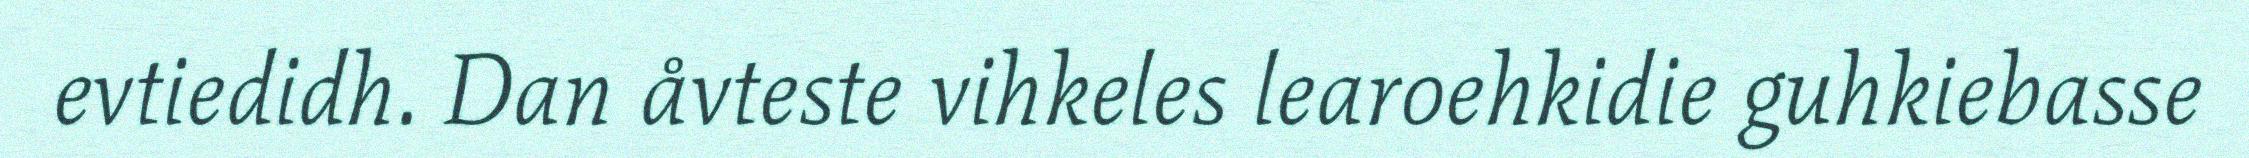
evtiedidh. Dan åvteste vihkeles learoehkidie guhkiebasse